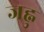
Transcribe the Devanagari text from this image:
जह्नु